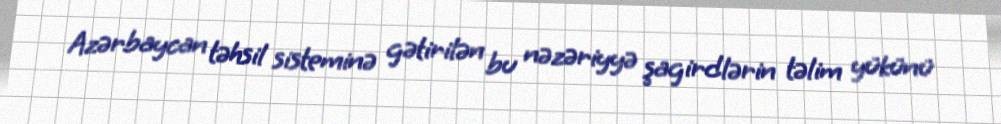
Azərbaycan təhsil sisteminə gətirilən bu nəzəriyyə şagirdlərin təlim yükünü